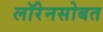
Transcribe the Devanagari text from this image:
लॉरेनसोबत